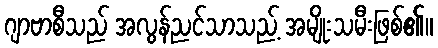
ဂျာဗာစီသည် အလွန်ညင်သာသည့် အမျိုးသမီးဖြစ်၏။